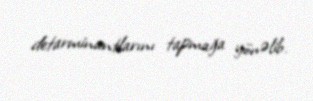
detarminantlarını tapmağa yönəlib.